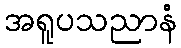
အရူပသညာနံ